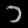
Digit: ၁